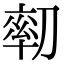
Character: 𠞻